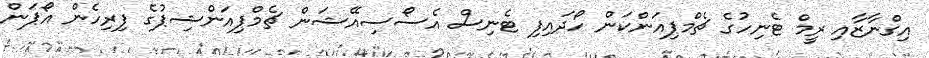
އިގްނާޒާއި ރީމް ޓެނިހުގެ ޗެމްޕިއަންކަން ހޯދައިފި ޓެނިސް އެސޯސިއޭޝަން ޗެމްޕިއަންޝިޕުގެ ފިރިހެން އޯޕަން